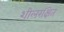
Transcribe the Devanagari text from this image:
शीलरक्षित